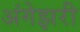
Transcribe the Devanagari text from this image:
अंगेझरी